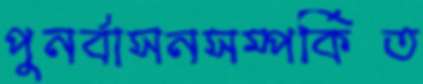
পুনর্বাসনসম্পর্কিত